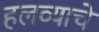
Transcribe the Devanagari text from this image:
हलव्याचे